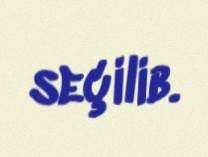
seçilib.